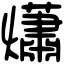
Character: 𤑳